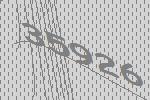
35926